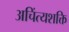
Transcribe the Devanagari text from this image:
अचिंत्यशक्ति